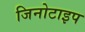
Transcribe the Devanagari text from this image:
जिनोटाइप